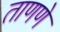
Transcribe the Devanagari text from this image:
ताणणे